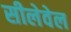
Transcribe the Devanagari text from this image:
सीलेवेल